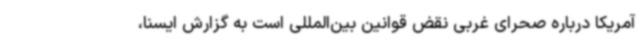
آمریکا درباره صحرای غربی نقض قوانین بین‌المللی است به گزارش ایسنا،